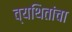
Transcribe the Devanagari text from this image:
व्यथितांचा